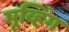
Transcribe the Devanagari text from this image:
मूव्हिंग